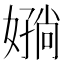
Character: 𫱪